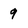
Character: 9